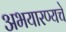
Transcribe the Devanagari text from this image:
अभयारण्यचे